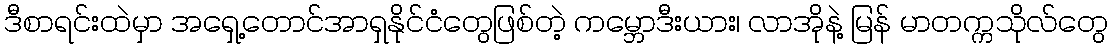
ဒီစာရင်းထဲမှာ အရှေ့တောင်အာရှနိုင်ငံတွေဖြစ်တဲ့ ကမ္ဘောဒီးယား၊ လာအိုနဲ့ မြန် မာတက္ကသိုလ်တွေ